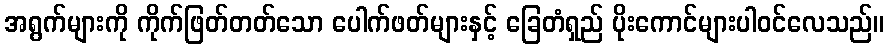
အရွက်များကို ကိုက်ဖြတ်တတ်သော ပေါက်ဖတ်များနှင့် ခြေတံရှည် ပိုးကောင်များပါဝင်လေသည်။